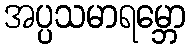
အပ္ပသမာရမ္ဘော